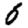
Digit: 6